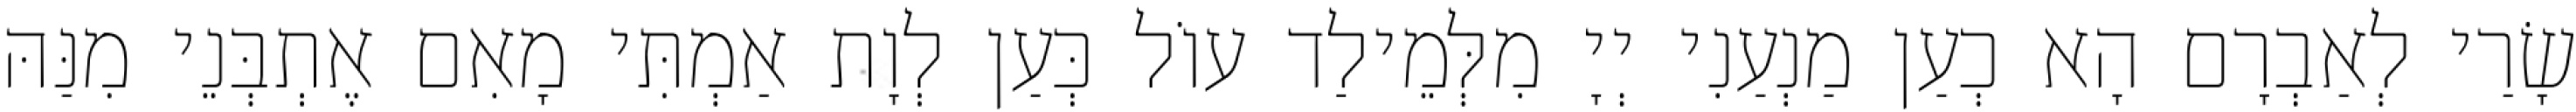
שָׂרַי לְאַבְרָם הָא כְעַן מַנְעַנִי יְיָ מִלְּמֵילַד עוֹל כְּעַן לְוָת אַמְתִּי מָאִם אֶתְבְּנֵי מִנַּהּ